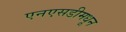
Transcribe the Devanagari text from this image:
एनएसडीमधून